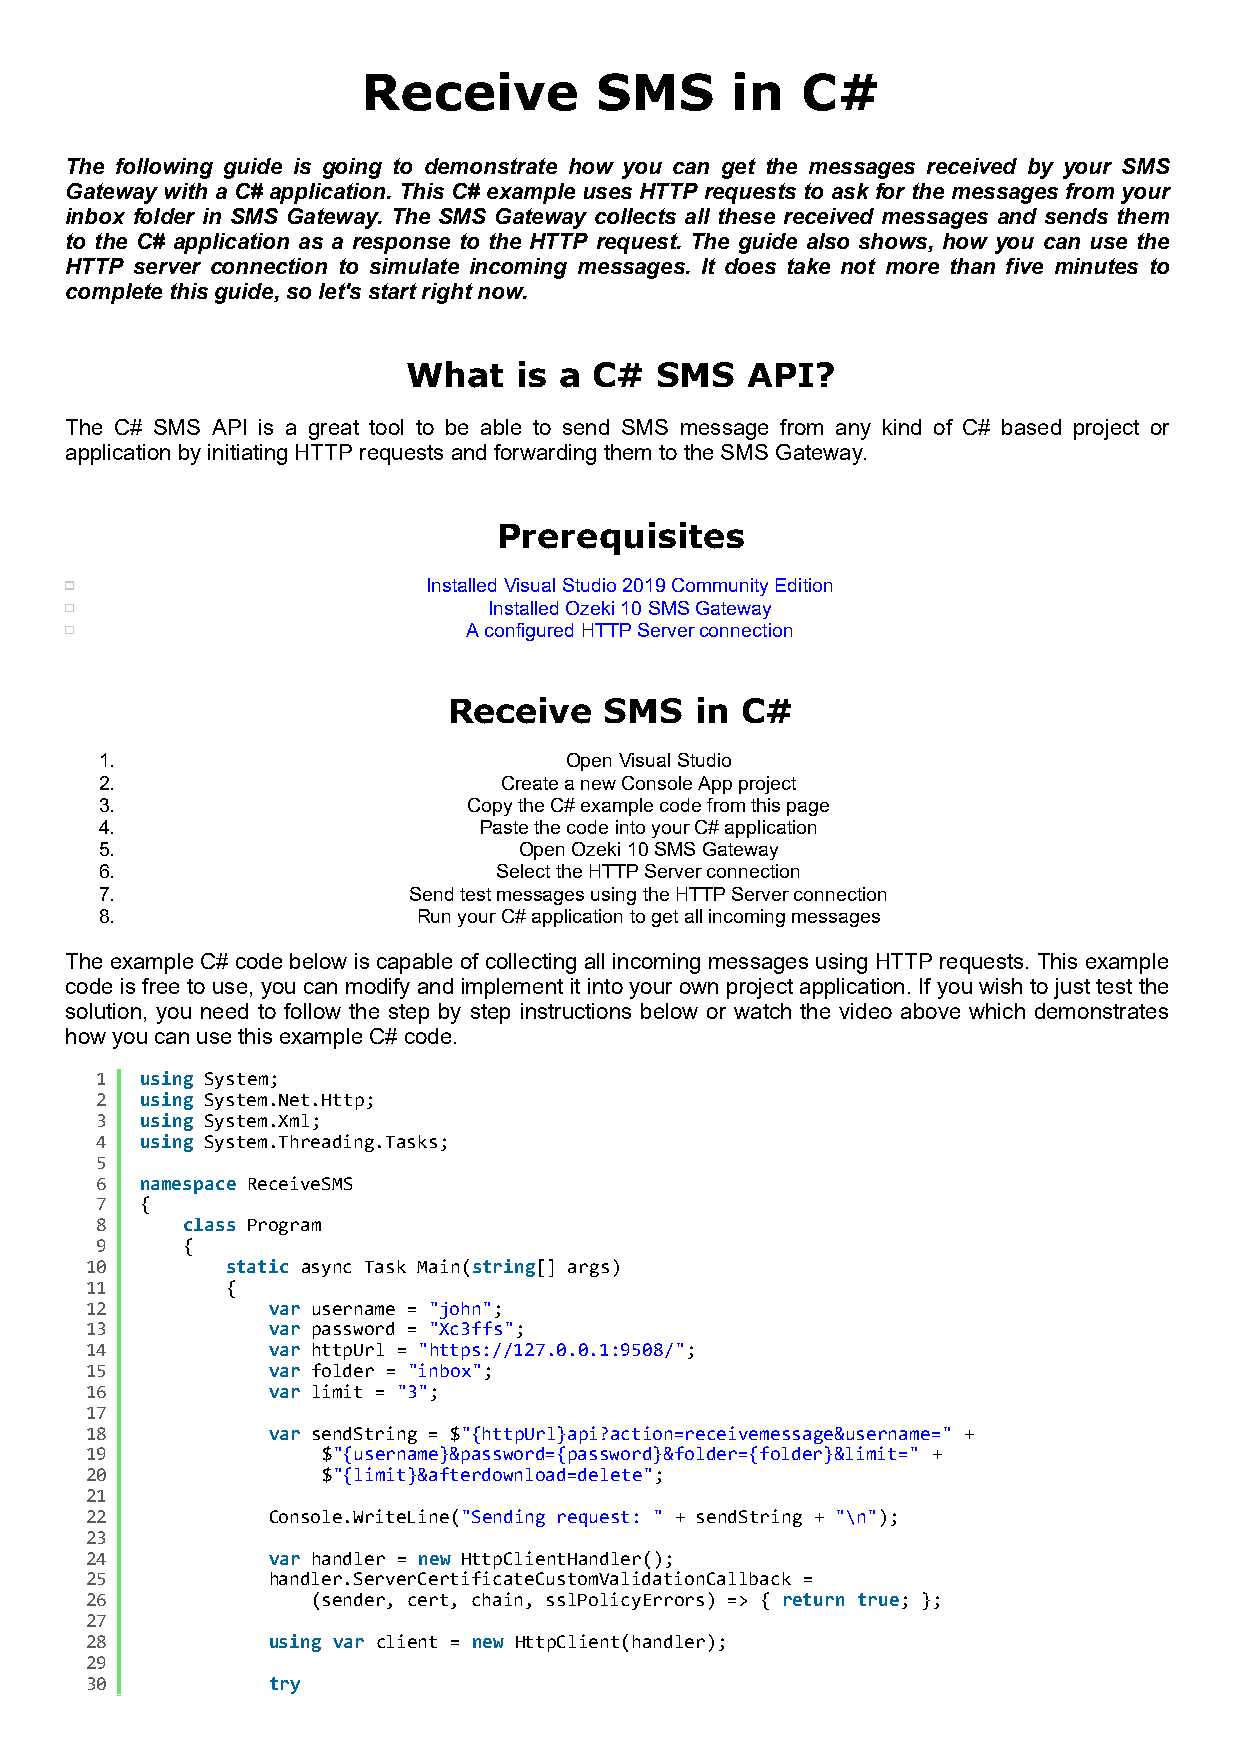
Receive        SMS      in   C#
 The following guide is going to demonstrate how you can get the messages received by your SMS
 Gateway with a C# application. This C# example uses HTTP requests to ask for the messages from your
 inbox folder in SMS Gateway. The SMS Gateway collects all these received messages and sends them
 to the C# application as a response to the HTTP request. The guide also shows, how you can use the
 HTTP server connection to simulate incoming messages. It does take not more than five minutes to
 complete this guide, so let's start right now.
 What   is a C#  SMS   API?
 The C# SMS API is a great tool to be able to send SMS message from any kind of C# based project or
 application by initiating HTTP requests and forwarding them to the SMS Gateway.
 Prerequisites
 Installed Visual Studio 2019 Community Edition
 Installed Ozeki 10 SMS Gateway
 A configured HTTP Server connection
 Receive   SMS   in C#
 1.                            Open Visual Studio
 2.                        Create a new Console App project
 3.                      Copy the C# example code from this page
 4.                       Paste the code into your C# application
 5.                         Open Ozeki 10 SMS Gateway
 6.                        Select the HTTP Server connection
 7.                  Send test messages using the HTTP Server connection
 8.                   Run your C# application to get all incoming messages
 The example C# code below is capable of collecting all incoming messages using HTTP requests. This example
 code is free to use, you can modify and implement it into your own project application. If you wish to just test the
 solution, you need to follow the step by step instructions below or watch the video above which demonstrates
 how you can use this example C# code.
 1  using System;
 2  using System.Net.Http;
 3  using System.Xml;
 4  using System.Threading.Tasks;
 5
 6  namespace ReceiveSMS
 7  {
 8     class Program
 9     {
 10       static async Task Main(string[] args)
 11       {
 12          var username = "john";
 13          var password = "Xc3ffs";
 14          var httpUrl = "https://127.0.0.1:9508/";
 15          var folder = "inbox";
 16          var limit = "3";
 17
 18          var sendString = $"{httpUrl}api?action=receivemessage&username=" +
 19             $"{username}&password={password}&folder={folder}&limit=" +
 20             $"{limit}&afterdownload=delete";
 21
 22          Console.WriteLine("Sending request: " + sendString + "\n");
 23
 24          var handler = new HttpClientHandler();
 25          handler.ServerCertificateCustomValidationCallback =
 26             (sender, cert, chain, sslPolicyErrors) => { return true; };
 27
 28          using var client = new HttpClient(handler);
 29
 30          try